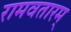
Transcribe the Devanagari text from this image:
रामवतारम्‌